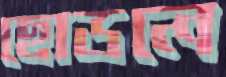
ছোডলে